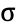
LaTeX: \upsigma